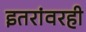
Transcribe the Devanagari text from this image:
इतरांवरही